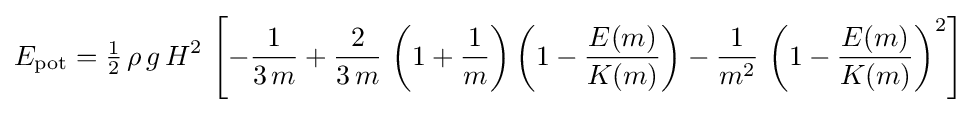
E_{\text{pot}}={\tfrac {1}{2}}\,\rho \,g\,H^{2}\,\left[-{\frac {1}{3\,m}}+{\frac {2}{3\,m}}\,\left(1+{\frac {1}{m}}\right)\left(1-{\frac {E(m)}{K(m)}}\right)-{\frac {1}{m^{2}}}\,\left(1-{\frac {E(m)}{K(m)}}\right)^{2}\right]